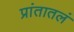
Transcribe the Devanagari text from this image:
प्रांतातलं